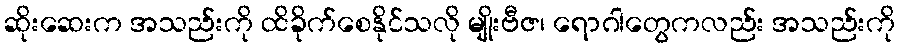
ဆိုးဆေးက အသည်းကို ထိခိုက်စေနိုင်သလို မျိုးဗီဇ၊ ရောဂါတွေကလည်း အသည်းကို